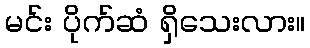
မင်း ပိုက်ဆံ ရှိသေးလား။